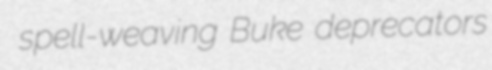
spell-weaving Buke deprecators